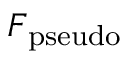
\boldsymbol { F } _ { \mathrm { p s e u d o } }